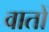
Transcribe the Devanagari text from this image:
वातों